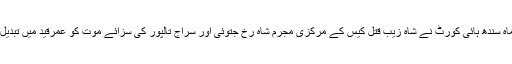
گزشتہ ماہ سندھ ہائی کورٹ نے شاہ زیب قتل کیس کے مرکزی مجرم شاہ رخ جتوئی اور سراج تالپور کی سزائے موت کو عمرقید میں تبدیل کیا تھا۔